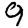
Digit: 9